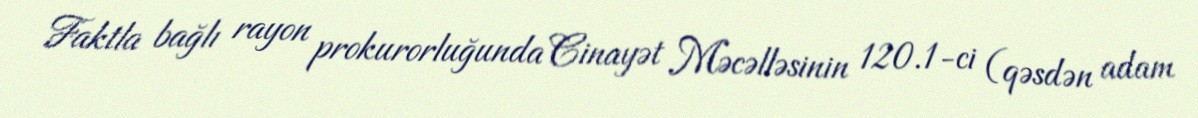
Faktla bağlı rayon prokurorluğunda Cinayət Məcəlləsinin 120.1-ci (qəsdən adam